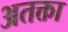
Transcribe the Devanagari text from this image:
अतक्ता